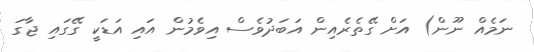
ނަމެއް ނޫން) އަށް ގޭތެރެއިން އަބަދުވެސް އިވެމުން އައި އަޑަކީ ގޭގައި ޖާގަ